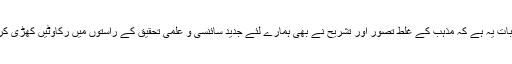
پانچویں بات یہ ہے کہ مذہب کے غلط تصور اور تشریح نے بھی ہمارے لئے جدید سائنسی و علمی تحقیق کے راستوں میں رکاوٹیں کھڑی کردی ہیں۔